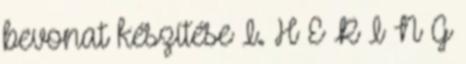
bevonat készítése I. H E R I N G